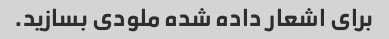
برای اشعار داده شده ملودی بسازید.